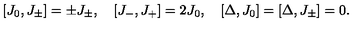
[ J _ { 0 } , J _ { \pm } ] = \pm J _ { \pm } , \quad [ J _ { - } , J _ { + } ] = 2 J _ { 0 } , \quad [ \Delta , J _ { 0 } ] = [ \Delta , J _ { \pm } ] = 0 .